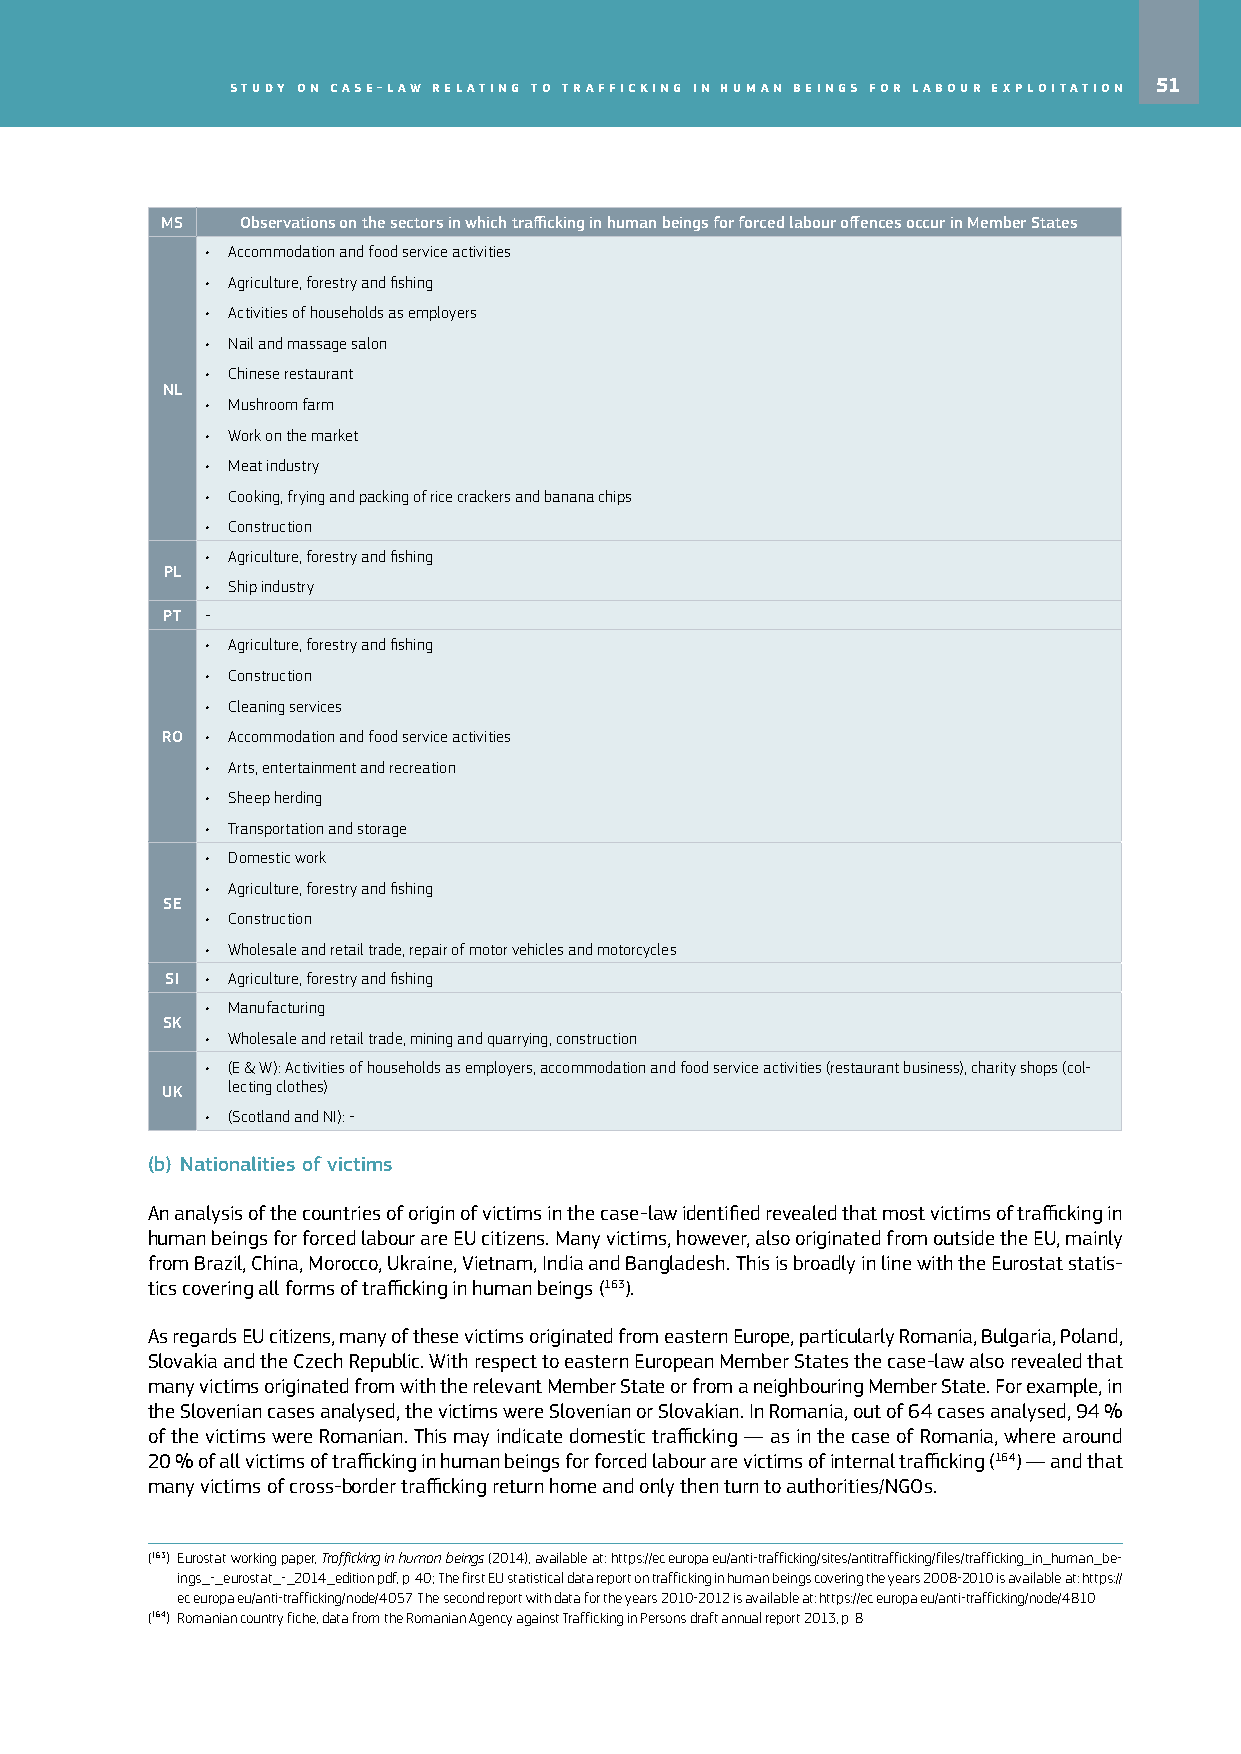
Study on caSe-law relating to trafficking in human beingS for labour exploitation 51
 MS   Observations on the sectors in which trafficking in human beings for forced labour offences occur in Member States
 • Accommodation and food service activities
 • Agriculture, forestry and fishing
 • Activities of households as employers
 • Nail and massage salon
 • Chinese restaurant
 NL
 • Mushroom farm
 • Work on the market
 • Meat industry
 • Cooking, frying and packing of rice crackers and banana chips
 • Construction
 • Agriculture, forestry and fishing
 PL
 • Ship industry
 PT ‑
 • Agriculture, forestry and fishing
 • Construction
 • Cleaning services
 RO • Accommodation and food service activities
 • Arts, entertainment and recreation
 • Sheep herding
 • Transportation and storage
 • Domestic work
 • Agriculture, forestry and fishing
 SE
 • Construction
 • Wholesale and retail trade, repair of motor vehicles and motorcycles
 SI • Agriculture, forestry and fishing
 • Manufacturing
 SK
 • Wholesale and retail trade, mining and quarrying, construction
 • (E & W): Activities of households as employers, accommodation and food service activities (restaurant business), charity shops (col‑
 lecting clothes)
 UK
 • (Scotland and NI): ‑
 (b) Nationalities of victims
 An analysis of the countries of origin of victims in the case-law identified revealed that most victims of trafficking in
 human beings for forced labour are EU citizens. Many victims, however, also originated from outside the EU, mainly
 from Brazil, China, Morocco, Ukraine, Vietnam, India and Bangladesh. This is broadly in line with the Eurostat statis-
 tics covering all forms of trafficking in human beings (163).
 As regards EU citizens, many of these victims originated from eastern Europe, particularly Romania, Bulgaria, Poland,
 Slovakia and the Czech Republic. With respect to eastern European Member States the case-law also revealed that
 many victims originated from with the relevant Member State or from a neighbouring Member State. For example, in
 the Slovenian cases analysed, the victims were Slovenian or Slovakian. In Romania, out of 64 cases analysed, 94 %
 of the victims were Romanian. This may indicate domestic trafficking — as in the case of Romania, where around
 20 % of all victims of trafficking in human beings for forced labour are victims of internal trafficking (164) — and that
 many victims of cross-border trafficking return home and only then turn to authorities/NGOs.
 (163) Eurostat working paper, Trafficking in human beings (2014), available at: https://ec.europa.eu/anti‑trafficking/sites/antitrafficking/files/trafficking_in_human_be‑
 ings_‑_eurostat_‑_2014_edition.pdf, p. 40; The first EU statistical data report on trafficking in human beings covering the years 2008‑2010 is available at: https://
 ec.europa.eu/anti‑trafficking/node/4057. The second report with data for the years 2010‑2012 is available at: https://ec.europa.eu/anti‑trafficking/node/4810
 (164) Romanian country fiche, data from the Romanian Agency against Trafficking in Persons draft annual report 2013, p. 8.